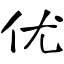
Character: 优